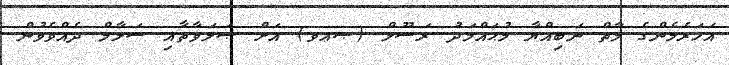
އަހަރެމެންގެ މާތް ނަބިއްޔާ މުޙައްމަދު ރަސޫލް (ޞޢވ) އަށް ޞަލަވާތާއި ސަލާމް ދެއްވެވުން